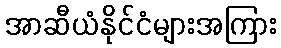
အာဆီယံနိုင်ငံများအကြား